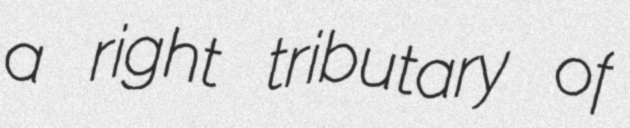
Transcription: a right tributary of